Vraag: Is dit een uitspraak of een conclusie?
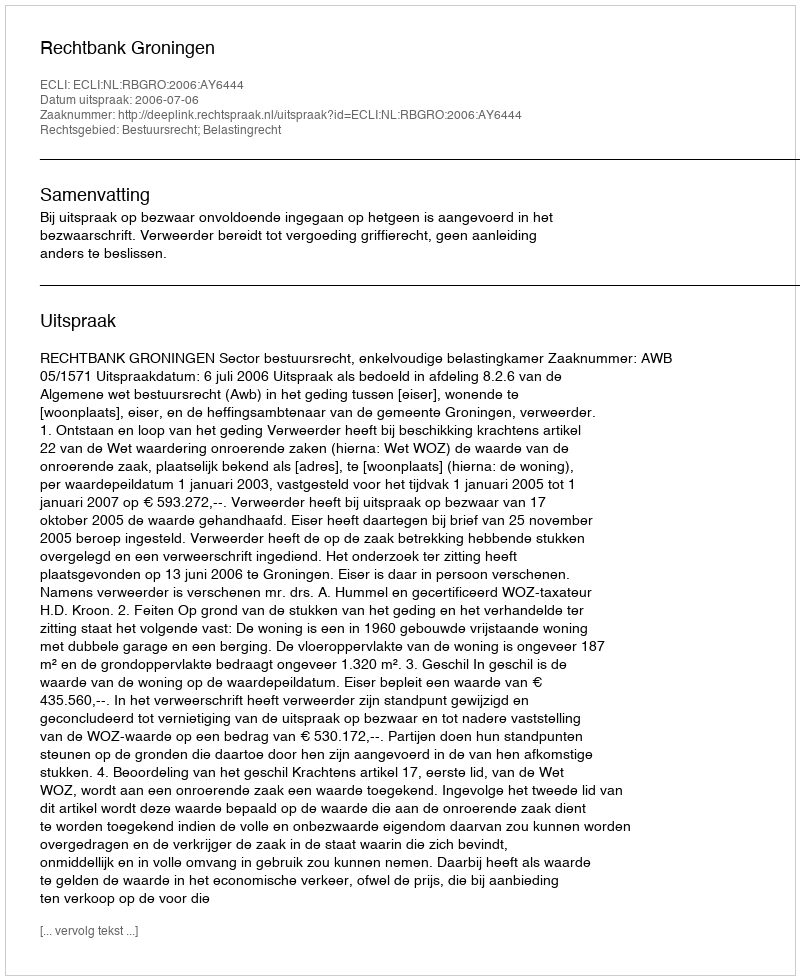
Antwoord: Uitspraak